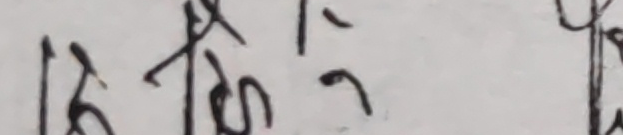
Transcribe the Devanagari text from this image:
छ यसको